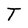
Character: T